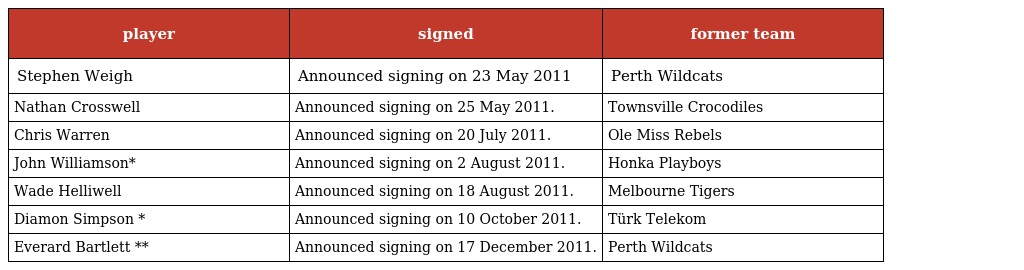
| player | signed | former team |
 | --- | --- | --- |
 | Stephen Weigh | Announced signing on 23 May 2011 | Perth Wildcats |
 | Nathan Crosswell | Announced signing on 25 May 2011. | Townsville Crocodiles |
 | Chris Warren | Announced signing on 20 July 2011. | Ole Miss Rebels |
 | John Williamson* | Announced signing on 2 August 2011. | Honka Playboys |
 | Wade Helliwell | Announced signing on 18 August 2011. | Melbourne Tigers |
 | Diamon Simpson * | Announced signing on 10 October 2011. | Türk Telekom |
 | Everard Bartlett ** | Announced signing on 17 December 2011. | Perth Wildcats |